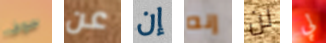
سوف عن إن إنه لن لي